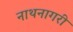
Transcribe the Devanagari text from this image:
नाथनागरी